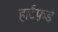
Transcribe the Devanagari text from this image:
हार्टफ़र्ड